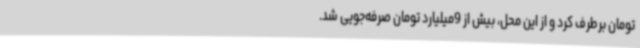
تومان برطرف کرد و از این محل، بیش از 9میلیارد تومان صرفه‌جویی شد.